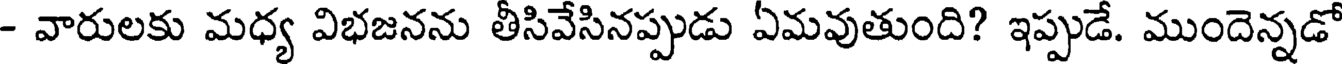
- వారులకు మధ్య విభజనను తీసివేసినప్పుడు ఏమవుతుంది? ఇప్పుడే. ముందెన్నడో